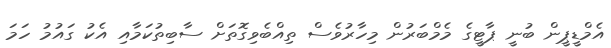
އެމްޑީޕީން ބުނީ ޕާޓީގެ މެމްބަރުން މިހާރުވެސް ތިއްބެވިގޮތަށް ސާބިތުކަމާއި އެކު ގައުމު ހަމަ